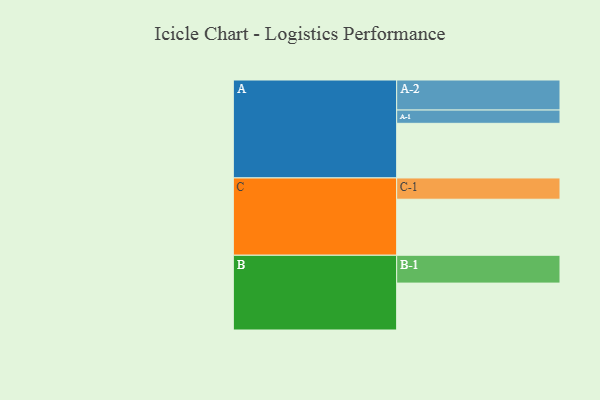
{"axis": {"x": "Segment", "y": "Value"}, "legend": ["", "A", "B", "C"], "data": [{"x": "A", "y": 473, "type": ""}, {"x": "B", "y": 406, "type": ""}, {"x": "C", "y": 485, "type": ""}, {"x": "A-1", "y": 115, "type": "A"}, {"x": "A-2", "y": 260, "type": "A"}, {"x": "B-1", "y": 241, "type": "B"}, {"x": "C-1", "y": 184, "type": "C"}]}